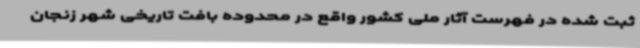
ثبت شده در فهرست آثار ملی کشور واقع در محدوده بافت تاریخی شهر زنجان